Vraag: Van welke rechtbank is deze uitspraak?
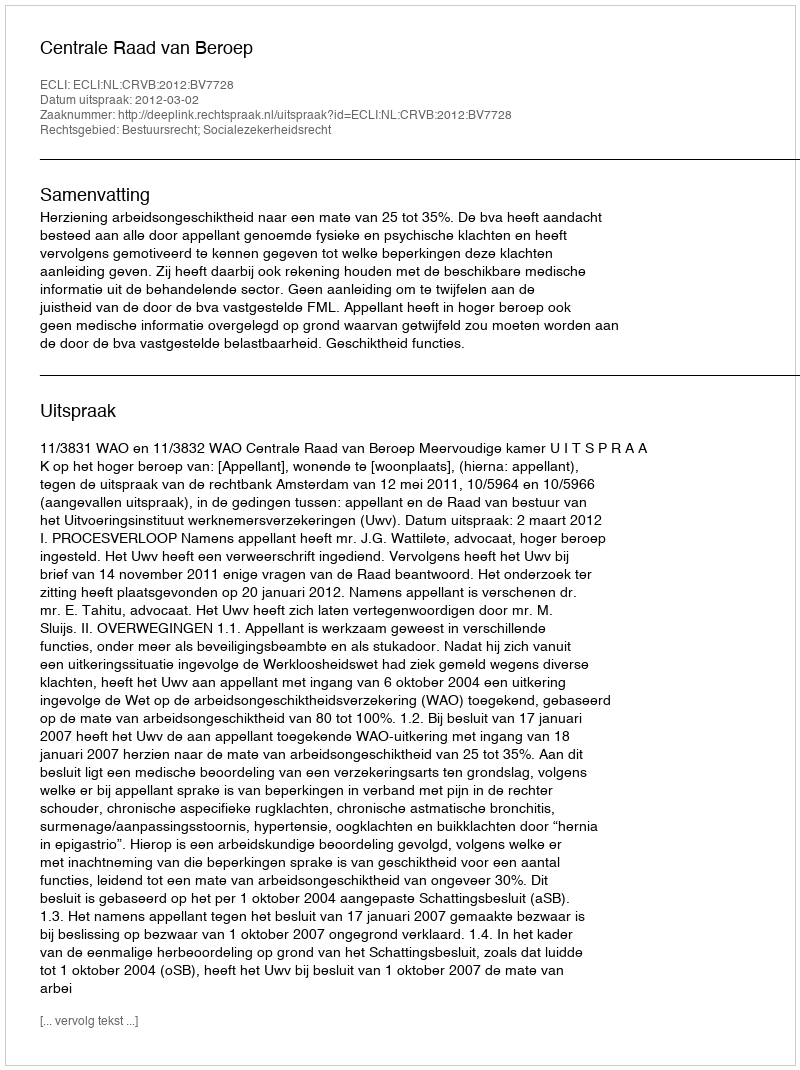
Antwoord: Centrale Raad van Beroep